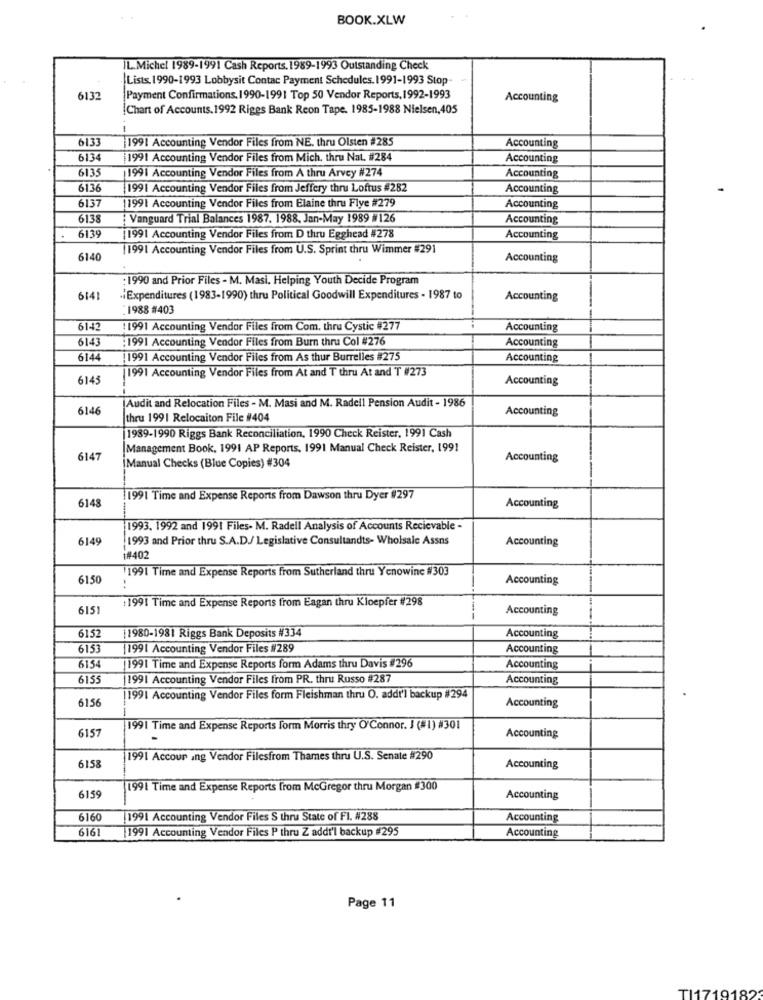
BOOK.XLW
IL.Michel 1989-1991 Cash Reports. 1989-1993 Outstanding Check
Lists. 1990-1993 Lobbysit Contac Payment Schedules. 1991-1993 Stop-
6132
Payment Confirmations. 1990-1991 Top 50 Vendor Reports, 1992-1993
Accounting
Chart of Accounts. 1992 Riges Bank Reon Tape. 1985-1988 Nielsen,405
6133
1991 Accounting Vendor Files from NE. thru Olsten #285
Accounting
6134
1991 Accounting Vendor Files from Mich. thru Nat. #284
Accounting
6135
1991 Accounting Vendor Files from A thru Arvey #274
Accounting
6136
1991 Accounting Vendor Files from Jeffery thru Loftus #282
Accounting
137
1991 Accounting Vendor Files from Elaine thru Flye #279
Accounting
6135
Vanguard Trial Balances 1987. 1988. Jan-May 1989 #126
Accounting
6139
1991 Accounting Vendor Files from D thru Egghead #278
Accounting
(1991 Accounting Vendor Files from U.S. Sprint thru Wimmer #291
6140
Accounting
: 1990 and Prior Files - M. Masi, Helping Youth Decide Program
6141
."Expenditures (1983-1990) thru Political Goodwill Expenditures - 1987 to
Accounting
: 1988 #403
6142
:1991 Accounting Vendor Files from Com, thru Cystic #277
Accounting
6143
:1991 Accounting Vendor Files from Burn thru Col #276
Accounting
6144
1991 Accounting Vendor Files from As thur Burrelles #275
Accounting
1991 Accounting Vendor Files from At and T thru At and T #273
6145
Accounting
6146
Audit and Relocation Files - M. Masi and M. Radell Pension Audit - 1986
Accounting
thru 1991 Relocaiton File #404
[1989-1990 Riggs Bank Reconciliation, 1990 Check Reister, 1991 Cash
Management Book, 1991 AP Reports, 1991 Manual Check Reister, 1991
6147
Accounting
Manual Checks (Blue Copies) #304
6148
11991 Time and Expense Reports from Dawson thru Dyer #297
--
Accounting
1993. 1992 and 1991 Files. M. Radell Analysis of Accounts Recievable -
6149
1993 and Prior thru S.A.D./ Legislative Consultandts- Wholsale Assns
Accounting
1#402
1991 Time and Expense Reports from Sutherland thru Yenowinc #303
6150
Accounting
:
:1991 Time and Expense Reports from Eagan thru Kloepfer #298
615
Accounting
5152
Accounting
1980-1981 Riggs Bank Deposits #334
6153
1991 Accounting Vendor Files #289
Accounting
6154
1991 Time and Expense Reports form Adams thru Davis #296
Accounting
6155
1991 Accounting Vendor Files from PR. thru Russo #287
Accounting
6156
11991 Accounting Vendor Files form Fleishman thru O. addt'l backup #294
Accounting
1991 Time and Expense Reports form Morris thry O'Connor. J (#1) #301
6157
Accounting
1991 Accour ing Vendor Filesfrom Thames thru U.S. Senate #290
6158
Accounting
11991 Time and Expense Reports from McGregor thru Morgan #300
6155
Accounting
6160
1991 Accounting Vendor Files S thru State of Fl. #288
Accounting
6161
[1991 Accounting Vendor Files P thru Z addi'l backup #295
Accounting
Page 11
TI1719182